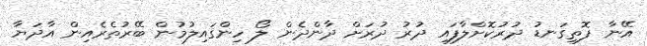
އޭނާ ފޮތިގަނޑު ދުރުކޮށްލާފައި ދުރު ދުރަށް ދާންދެން ލޯ ހިންގައިލުމުން ބޭރުތެރެއިން އާދަޔާ